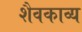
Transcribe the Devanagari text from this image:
शैवकाव्य